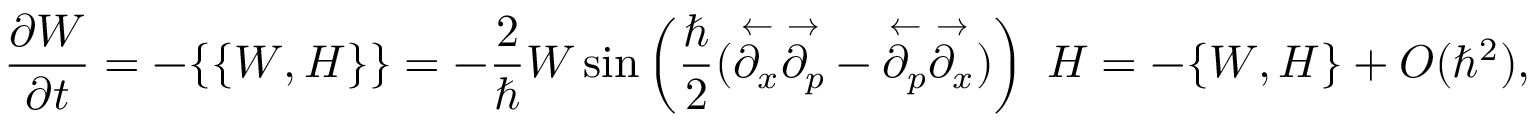
{ \frac { \partial W } { \partial t } } = - \{ \{ W , H \} \} = - { \frac { 2 } { \hbar } } W \sin \left( { { \frac { \hbar } { 2 } } ( { \overset { \leftarrow } { \partial _ { x } } } { \overset { \rightarrow } { \partial _ { p } } } - { \overset { \leftarrow } { \partial _ { p } } } { \overset { \rightarrow } { \partial _ { x } } } ) } \right) \ H = - \{ W , H \} + O ( \hbar ^ { 2 } ) ,